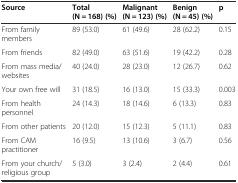
<table><thead><tr><td><b>Source</b></td><td><b>Total (N = 168) (%)</b></td><td><b>Malignant (N = 123) (%)</b></td><td><b>Benign (N = 45) (%)</b></td><td><b>p</b></td></tr></thead><tbody><tr><td>From family members</td><td>89 (53.0)</td><td>61 (49.6)</td><td>28 (62.2)</td><td>0.15</td></tr><tr><td>From friends</td><td>82 (49.0)</td><td>63 (51.6)</td><td>19 (42.2)</td><td>0.28</td></tr><tr><td>From mass media/websites</td><td>40 (24.0)</td><td>28 (23.0)</td><td>12 (26.7)</td><td>0.62</td></tr><tr><td>Your own free will</td><td>31 (18.5)</td><td>16 (13.0)</td><td>15 (33.3)</td><td>0.003</td></tr><tr><td>From health personnel</td><td>24 (14.3)</td><td>18 (14.6)</td><td>6 (13.3)</td><td>0.83</td></tr><tr><td>From other patients</td><td>20 (12.0)</td><td>15 (12.3)</td><td>5 (11.1)</td><td>0.83</td></tr><tr><td>From CAM practitioner</td><td>16 (9.5)</td><td>13 (10.6)</td><td>3 (6.7)</td><td>0.56</td></tr><tr><td>From your church/religious group</td><td>5 (3.0)</td><td>3 (2.4)</td><td>2 (4.4)</td><td>0.61</td></tr></tbody></table>